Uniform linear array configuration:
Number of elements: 8
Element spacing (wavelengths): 0.75
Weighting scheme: blackman
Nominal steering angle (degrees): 15
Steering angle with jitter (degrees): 16.802
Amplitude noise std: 0.05
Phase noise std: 0.05

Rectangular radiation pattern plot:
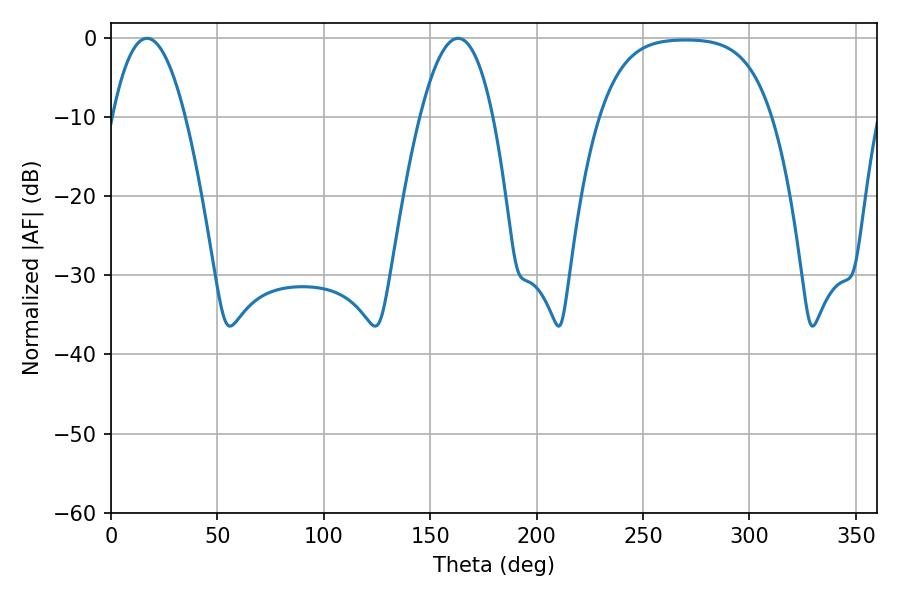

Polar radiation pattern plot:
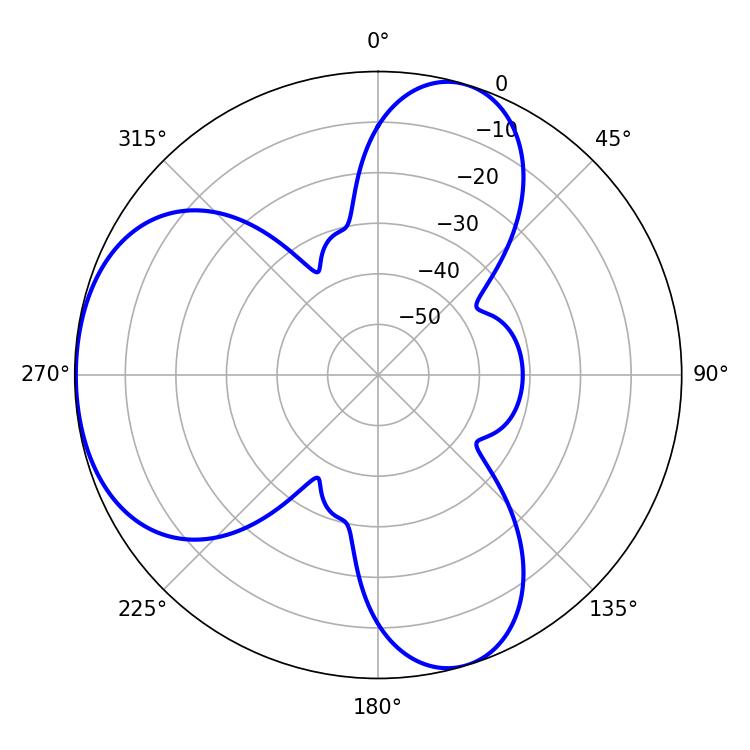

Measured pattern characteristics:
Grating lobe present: TRUE
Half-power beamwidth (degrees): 18.9
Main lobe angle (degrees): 16.92